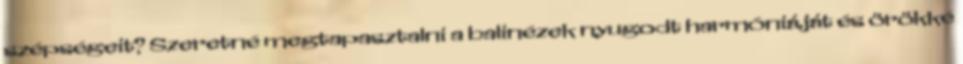
szépségeit? Szeretné megtapasztalni a balinézek nyugodt harmóniáját és örökké